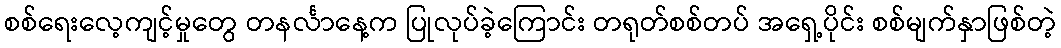
စစ်ရေးလေ့ကျင့်မှုတွေ တနင်္လာနေ့က ပြုလုပ်ခဲ့ကြောင်း တရုတ်စစ်တပ် အရှေ့ပိုင်း စစ်မျက်နှာဖြစ်တဲ့